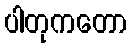
ပါတုကတော